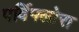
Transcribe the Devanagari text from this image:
पर्विफ्लोरा